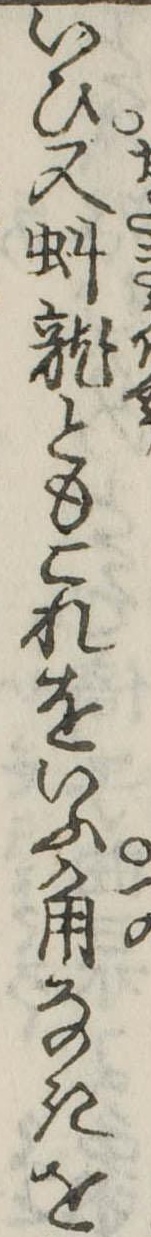
いひ又虯竜ともこれをいふ角なきを